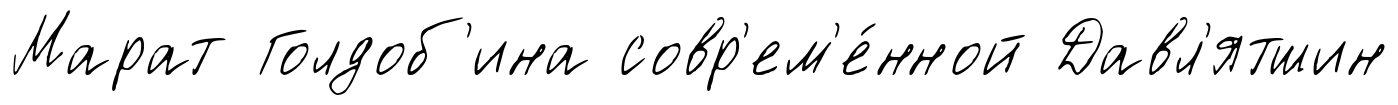
Марат Голдоб'ина совр'ем'е́нной Давл'ятшин